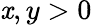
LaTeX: \mathit{x},y>0